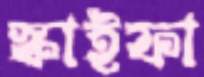
স্কাইফা